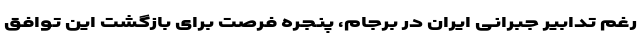
رغم تدابیر جبرانی ایران در برجام، پنجره فرصت برای بازگشت این توافق